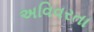
અવિવરતા